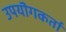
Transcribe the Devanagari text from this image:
उपयॊगकर्ता